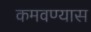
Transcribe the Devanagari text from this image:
कमवण्यास